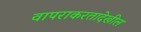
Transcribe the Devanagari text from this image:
वापराकरतादेखील